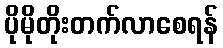
ပိုမိုတိုးတက်လာစေရန်